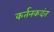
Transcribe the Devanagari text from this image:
कर्तनकदंत